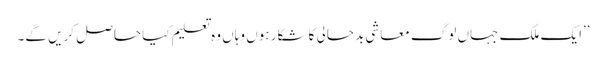
’’ایک ملک جہاں لوگ معاشی بدحالی کا شکار ہوں وہاں وہ تعلیم کیا حاصل کریں گے۔